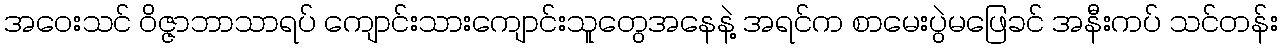
အဝေးသင် ဝိဇ္ဇာဘာသာရပ် ကျောင်းသားကျောင်းသူတွေအနေနဲ့ အရင်က စာမေးပွဲမဖြေခင် အနီးကပ် သင်တန်း